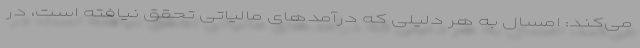
می‌كند: امسال به هر دلیلی كه درآمدهای مالیاتی تحقق نیافته است، در